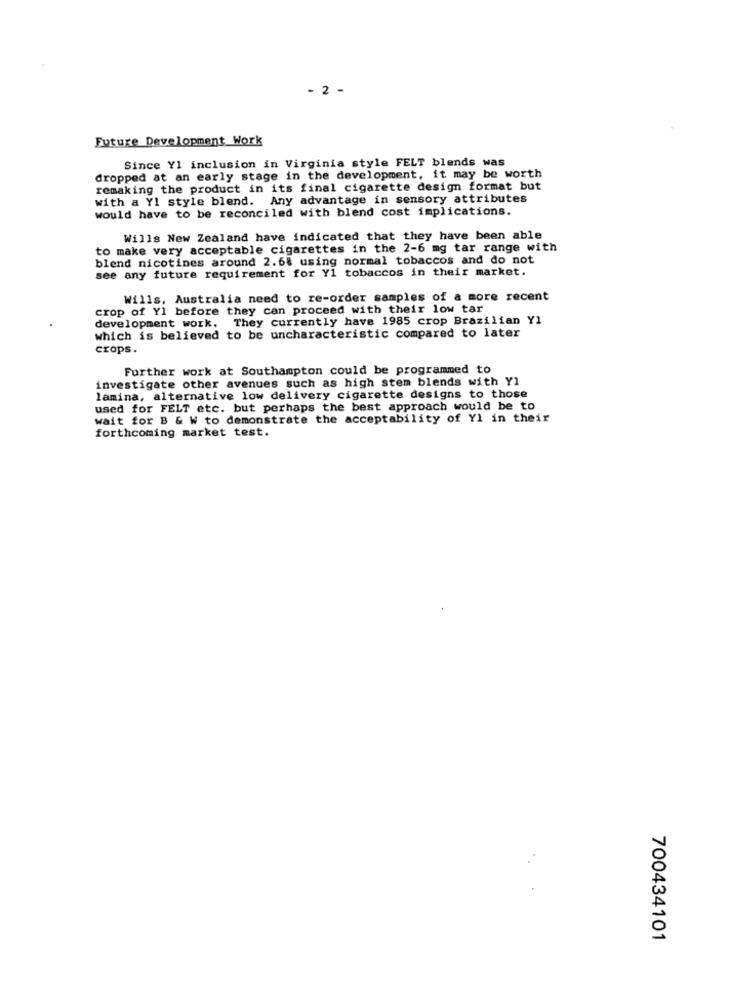
- 2 -
Future Development Work
Since Yl inclusion in Virginia style FELT blends was
dropped at an early stage in the development, it may be worth
remaking the product in its final cigarette design format but
with a Yl style blend. Any advantage in sensory attributes
would have to be reconciled with blend cost implications.
Wills New Zealand have indicated that they have been able
to make very acceptable cigarettes in the 2-6 mg tar range with
blend nicotines around 2.68 using normal tobaccos and do not
see any future requirement for Y1 tobaccos in their market.
Wills, Australia need to re-order samples of a more recent
crop of Yl before they can proceed with their low tar
development work. They currently have 1985 crop Brazilian Y1
which is believed to be uncharacteristic compared to later
crops.
Further work at Southampton could be programmed to
investigate other avenues such as high stem blends with Y1
lamina, alternative low delivery cigarette designs to those
used for FELT etc. but perhaps the best approach would be to
wait for B & W to demonstrate the acceptability of Yl in their
forthcoming market test.
700434101